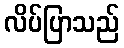
လိပ်ပြာသည်